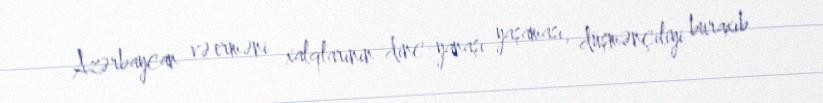
Azərbaycan və erməni xalqlarının dinc-yanaşı yaşaması, düşmənçiliyi buraxıb